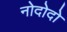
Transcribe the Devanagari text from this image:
नोदोदो